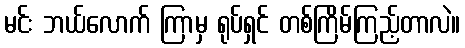
မင်း ဘယ်လောက် ကြာမှ ရုပ်ရှင် တစ်ကြိမ်ကြည့်တာလဲ။